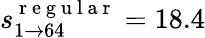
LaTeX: s_{1\rightarrow 64}^{\mathrm{~r~e~g~u~l~a~r~}}=18.4